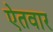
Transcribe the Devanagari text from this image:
ऐतवार